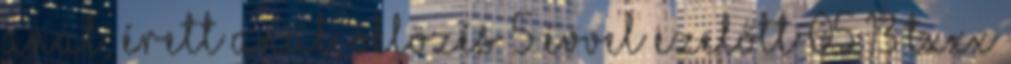
anál, érett anál, öklözés 5 évvel ezelőtt 05:13 TXXX